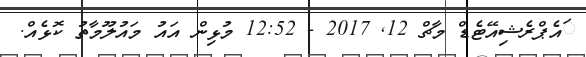
ައެޕްރެޝިއޭޓެޑް މާޗް 12